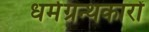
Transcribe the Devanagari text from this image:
धर्मग्रन्थकारों